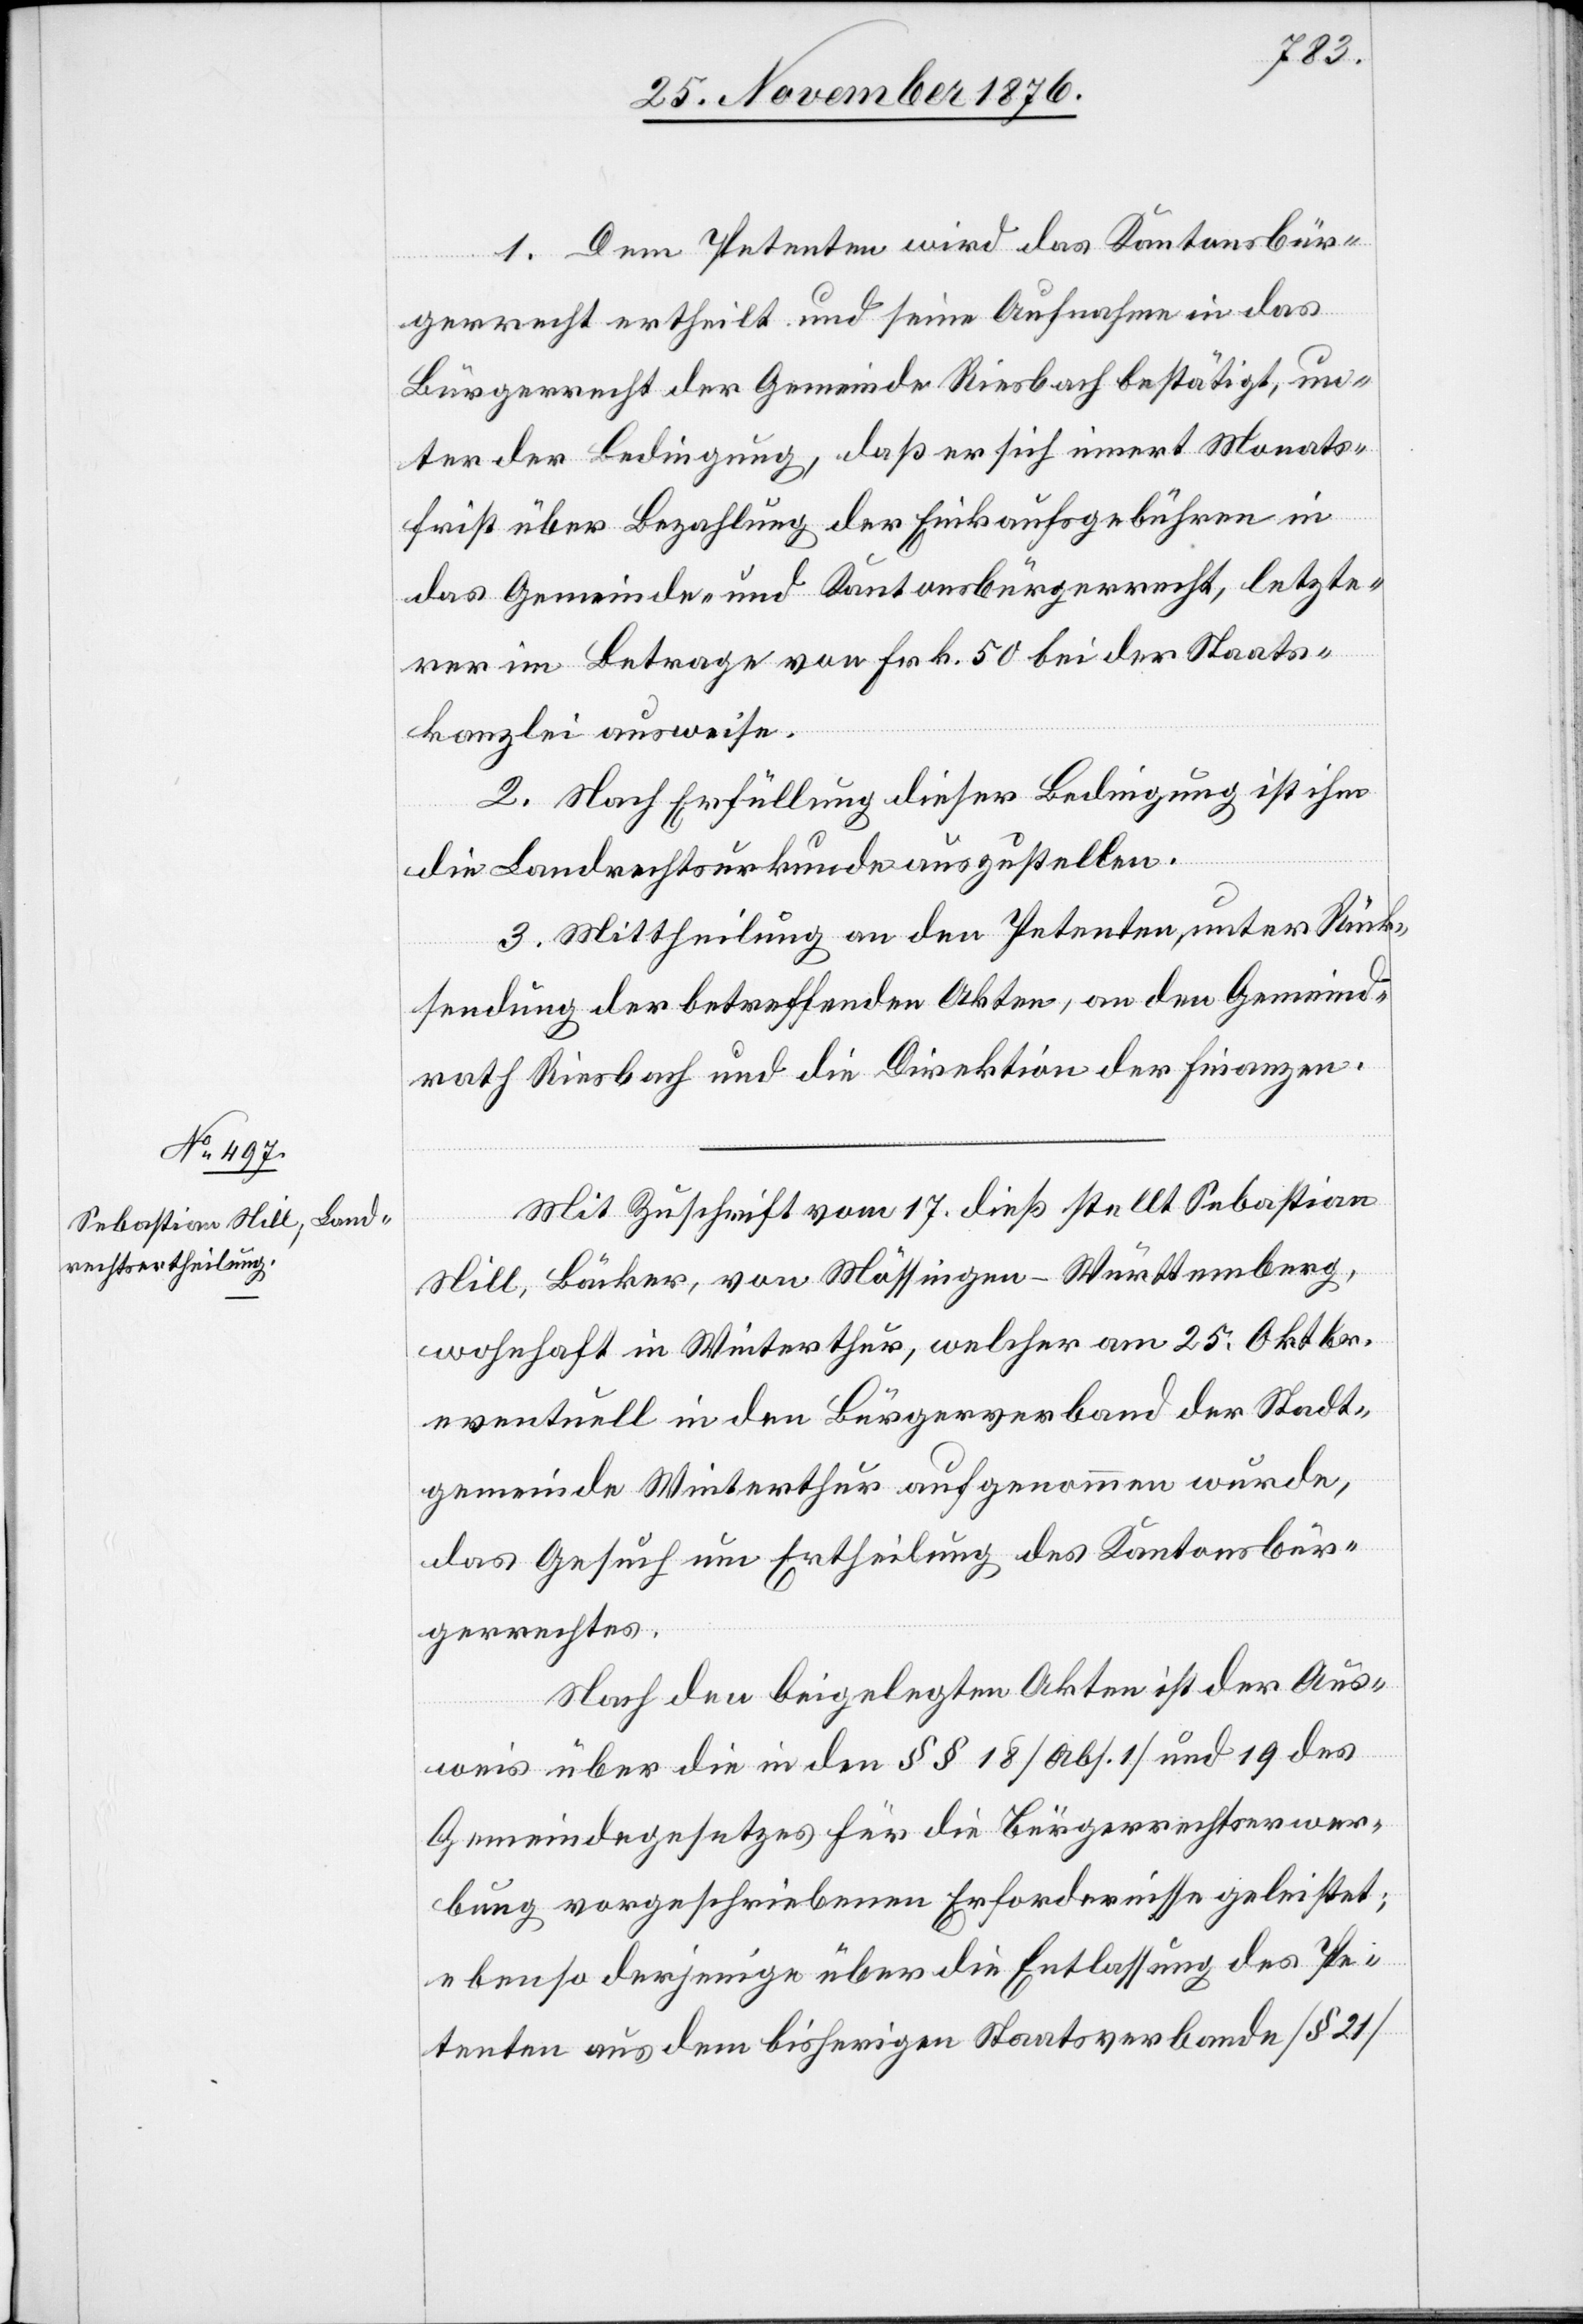
1. Dem Petenten wird das Kantonsbür¬
gerrecht ertheilt und seine Aufnahme in das
Bürgerrecht der Gemeine Riesbach bestätigt, un¬
ter der Bedingung, daß er sich innert Monats¬
frist über Bezahlung der Einkaufsgebühren in
das Gemeinde- und Kantonsbürgerrecht, letzte¬
rer im Betrage von Frk. 50 bei der Staats¬
kanzlei ausweise.
2. Nach Erfüllung dieser Bedingung ist ihm
die Landrechtsurkunde auszustellen.
3. Mittheilung an den Petenten, unter Rück¬
sendung der betreffenden Akten, an den Gemeind¬
rath Riesbach und die Direktion der Finanzen.